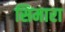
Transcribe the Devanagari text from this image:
सिमारा